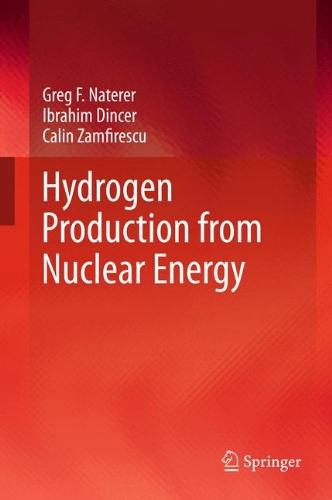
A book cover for Hydrogen Production from Nuclear Energy (Lecture Notes in Energy); Greg F Naterer; Science & Math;